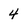
Character: 4